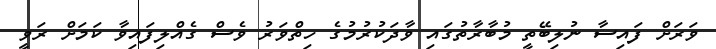
ވަރަށް ފައިސާ ނުލިބޭތީ މުބާރާތުގައި ވާދަކުރުމުގެ ހިތްވަރު ވެސް ގެއްލިފައިވާ ކަމަށް ރަވީ